Tartu_kinnistusamet, lk 6
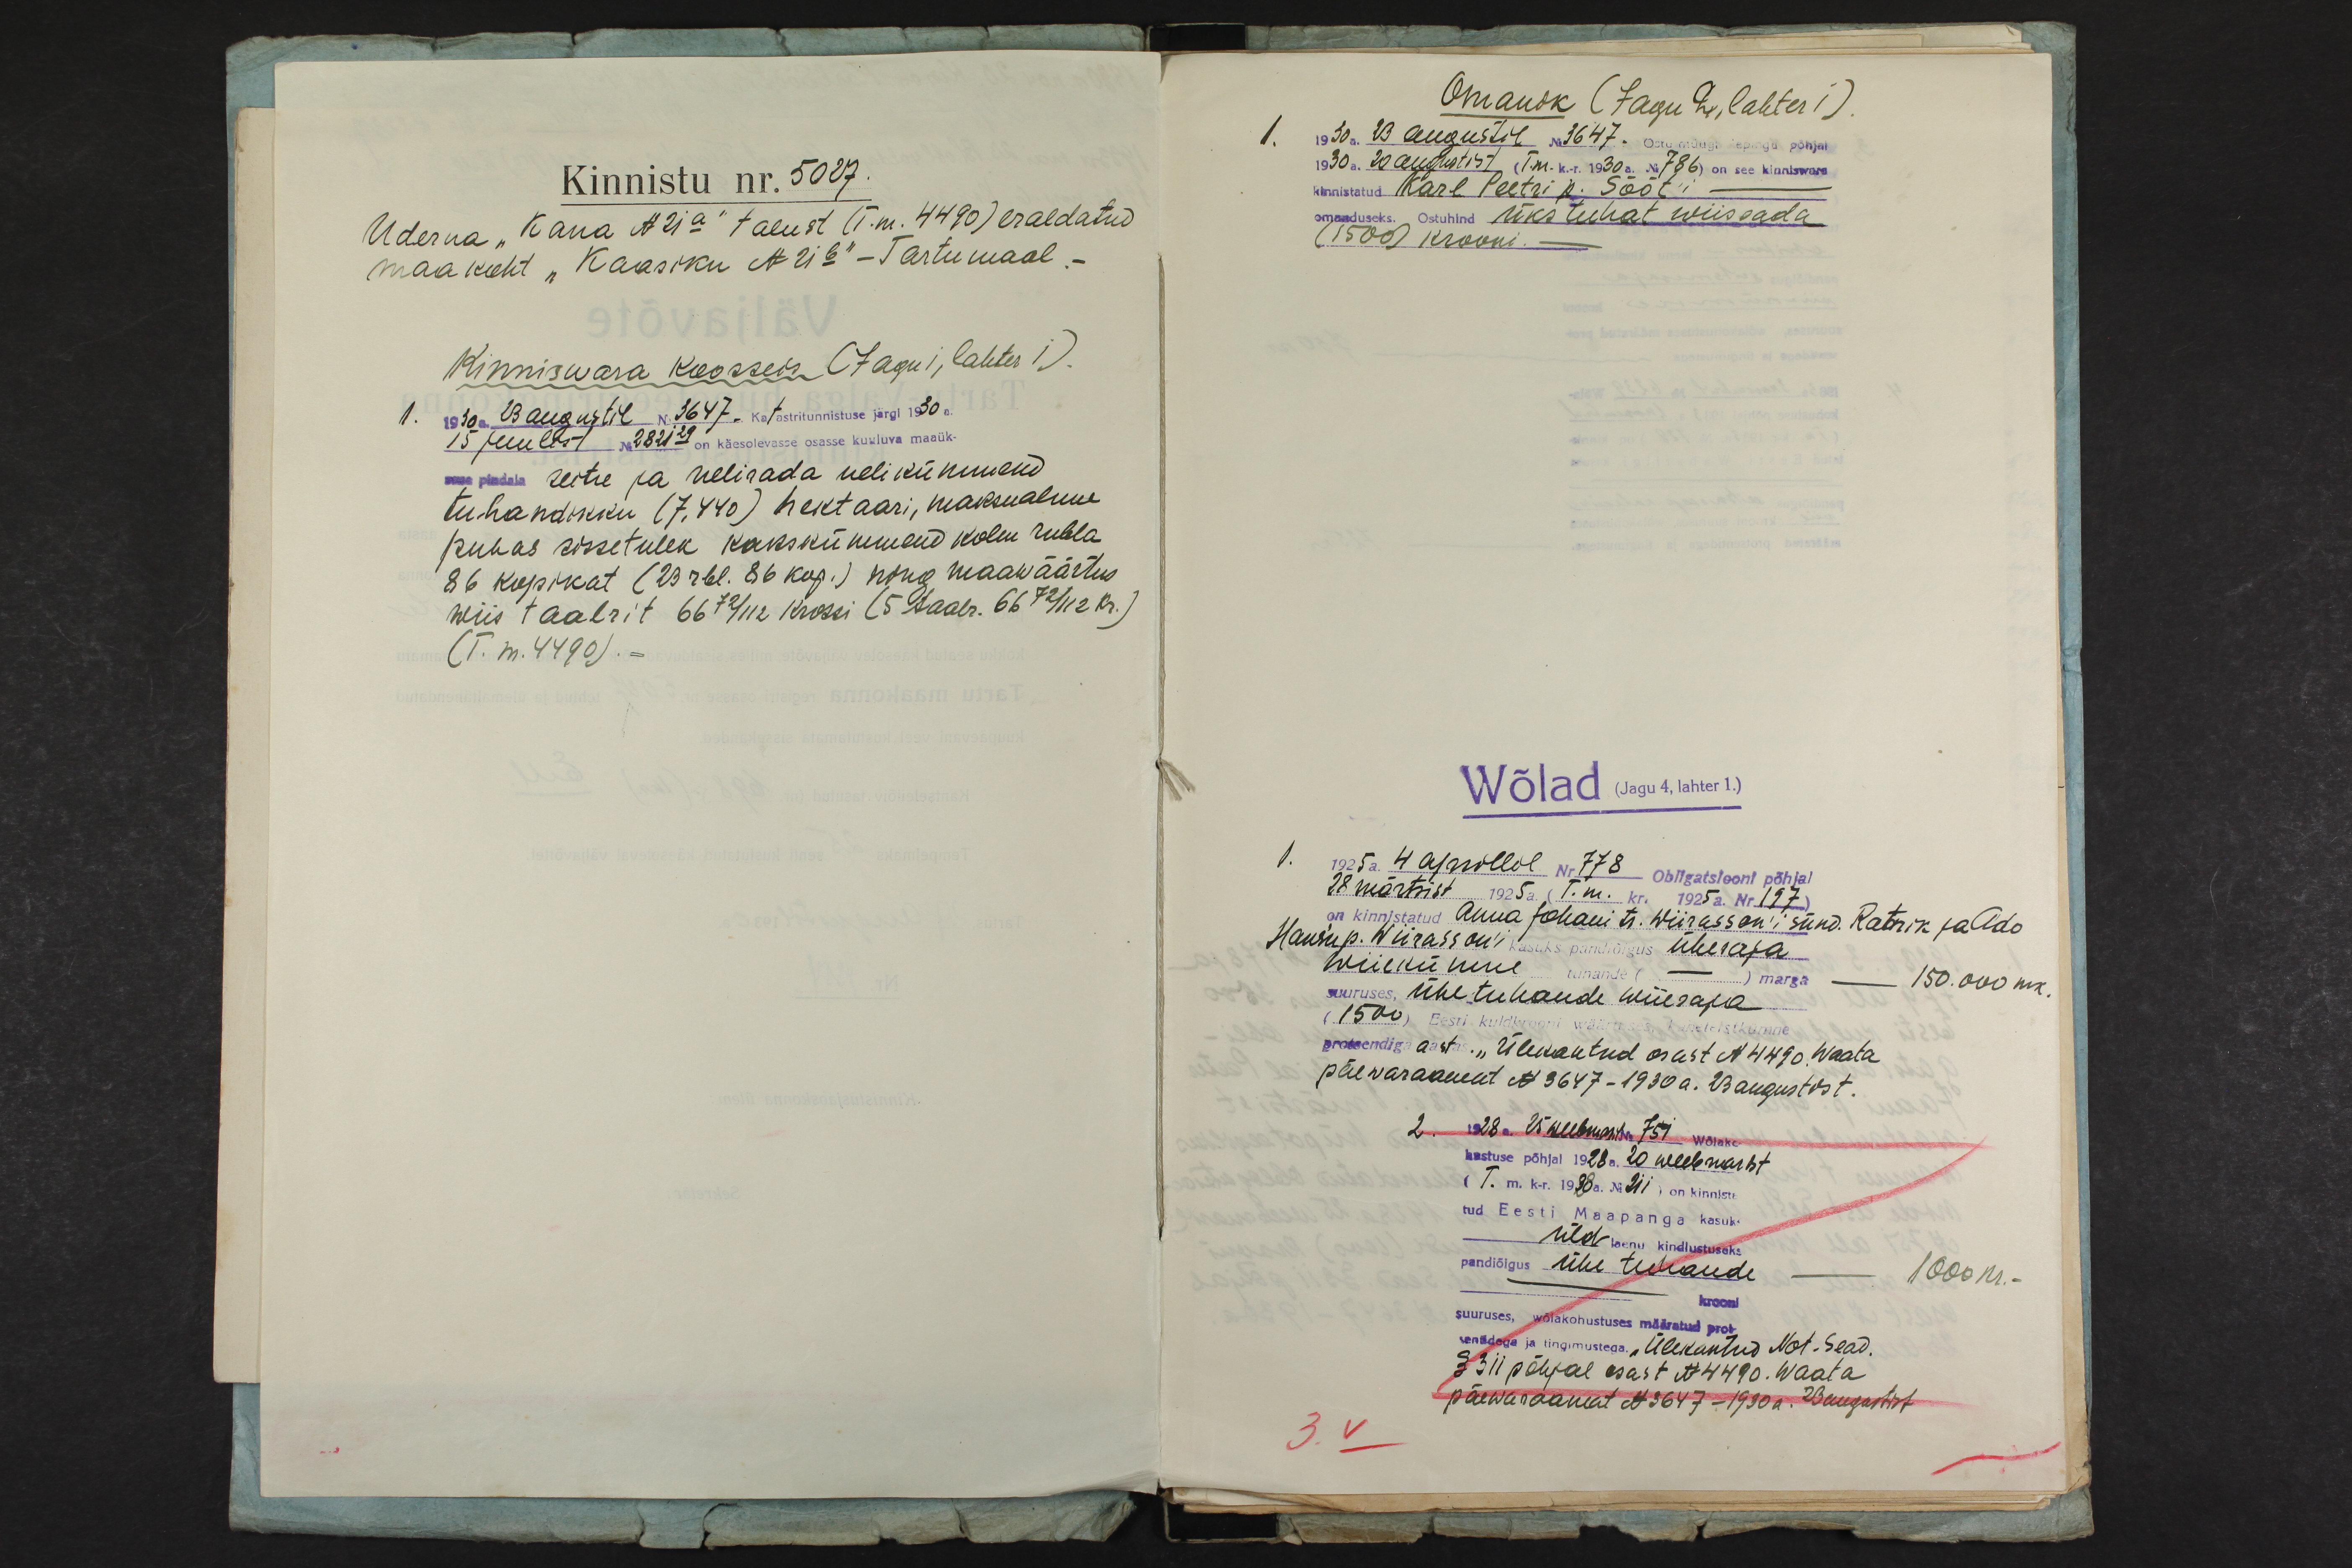
Kinnistu nr. 5027.
Uderna "Kana No 21a" talust (T.m. 4490) eraldatud
maakoht "Kaasiku No 21b" - Tartumaal.
Kinniswara koosseis (Jagu i, lahter i).
1. 1930. 23 augustil N. 3647. katastritunnistuse järgi 1930 a.
15 juulist Nr. 2821-29 on käesolevasse osasse kuuluva maaük-
suse pindala seite ja nelisada nelikümmend
tuhandikku (7,440) hektaari, maksualune
puhas sissetulek kakskümmend kolm rubla.
86 kopikat (23 rbl. 86 kop.) ning maawäärtus
wiis taalrit 66 72/112 krossi (5 taalr. 66 72/112 kr.)
(T. m.4490).

Omanik (Jagu 2, lahter i).
1. 1930 a. 23 augustil Nr. 3647. Ostu müügi lepingu põhjal
1930 a. 23 augustist (T.m.k.-r. 1930 a. Nr 786) on see kinniswara
kinnistatud Karl Peetri p. Sööt'i
omanduseks. Ostuhind üks tuhat wiissada
(1500) krooni -
Wõlad (Jagu 4, lahter 1.)
1. 1925a 4 aprillil Nr 778 obligatsiooni põhjal
28 märtsist. 1925a. T. m. kr. 1925a. Nr. 197
on kinnistatud Anna Johani tr. Wiirasson'i sünd. Ratnik ja Ado
Hansu p. Wiirasson'i kasuks pandiõigus ühesaja.
wiiekümne. tuhande (--) marga 150.000 mk.
suuruses, ühe tuhande wiiesaja
(1500) eesti kuldkrooni wäärtuses kaheteistkümne
protsendiga aastas. "Ülekantud osast No 4490. Waata
päewaraamat No 3647-1930 a. 23 augustist.
2. 1928 a. 25 weebruaril Nr 751 Wõlako
hustuse põhjal 1928 a. 20 weebruarist
(T. m. k-r. 1928a. No 711) on kinnista
tud Eesti Maapanga kasuks
üldlaenu kindlustuseks
pandiõigus ühe tuhande --- 1000 kr.
krooni
suuruses, wõlakohustuses määratud prot-
sentidega ja tingimustega. "Ülekantud Not. Sead.
§ 311 põhjal osast No 4490. waata
päewaraamat No 3647-1930 a. 23 augustist
3.V